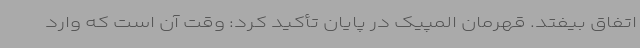
اتفاق بیفتد. قهرمان المپیک در پایان تأکید کرد: وقت آن است که وارد